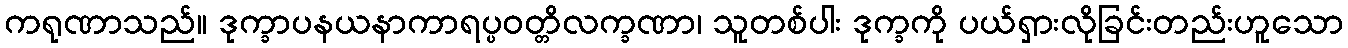
ကရုဏာသည်။ ဒုက္ခာပနယနာကာရပ္ပဝတ္တိလက္ခဏာ၊ သူတစ်ပါး ဒုက္ခကို ပယ်ရှားလိုခြင်းတည်းဟူသော